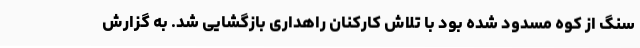
سنگ از کوه مسدود شده بود با تلاش کارکنان راهداری بازگشایی شد. به گزارش